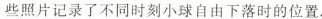
些照片记录了不同时刻小球自由下落时的位置。